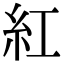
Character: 紅